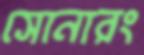
সোনারং